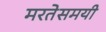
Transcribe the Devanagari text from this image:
मरतेसमयी